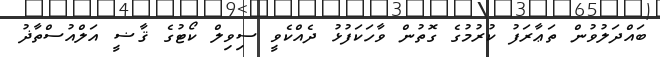
ބައްދަލުވުން ތަޢާރަފު ކުރުމުގެ ގޮތުން ވާހަކަފުޅު ދެއްކެވީ ސިވިލް ކޯޓުގެ ޤާޟީ އަލްއުސްތާޛު